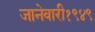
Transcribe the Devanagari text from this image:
जानेवारी१९४९